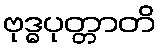
ဗုဒ္ဓပုတ္တာတိ